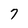
Character: 7